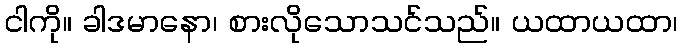
ငါကို။ ခါဒမာနော၊ စားလိုသောသင်သည်။ ယထာယထာ၊